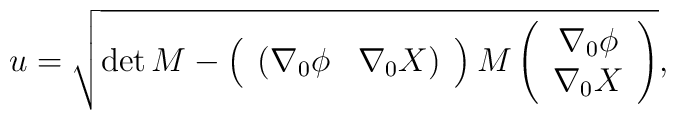
u = \sqrt{ \det{M} - \left(\begin{array}{cc}(\nabla_0\phi & \nabla_0 X) \end{array}\right)  M \left(\begin{array}{c}\nabla_0\phi \\ \nabla_0 X \end{array}\right)},